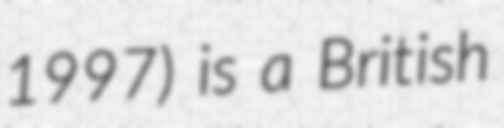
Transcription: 1997) is a British